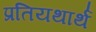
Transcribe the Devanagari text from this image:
प्रतियथार्थ